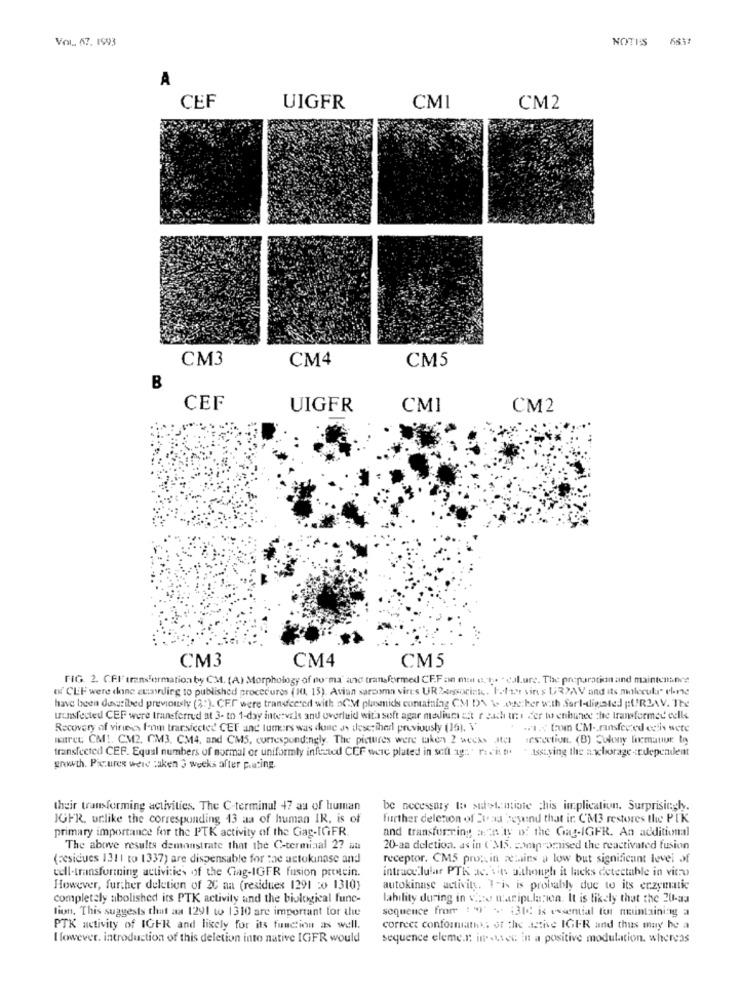
Vol. 67. 1993
NOTES 6837
A
CEF
UIGFR
CMI
CM2
CM3
CM4
CM5
B
CEF
UIGFR
CMI
CM2
CM4
CM3
CM5
FIG. 2. C.F.F transformation by CM. (A) Morphology of po ma" and transformed CE.F an men a.t. + cl.ure. The preparation and maintenance
EN CEF were done zuasding to published procedures (10, 13). Avian sarcoma virus UR? Associati. Fr/19 sins URDAV and its molecular close
have been described previously (3:). CET were transferred with aCM plasmids containing CM D\ \. . te:her with Sarl-digested pUR2AV. The
uunsfected CEF were transferred at 3- to 1-day intervals and overluid wita soft agar medium st r each u: der to enhance the transformed eelle
Recovery of viniese, from trarsiected CET and tumors was done Js desetiherl previously (15), \"
.1.7 aom CM- ransfered estis wete
IBret CM !. CM2. CM3. CM4, and CM5, correspondingly. The pictures were taken 2 weeks Ml
iesection. (B) Colony formauur to
transfected CEF. Equal numbers of normal or uniformly infected CEF were plated in soft ag :. " recit t.
- Assuving the nachorage -rdependent
growth. Pictures were saken 3 weeks after p.ating.
their transforming activities. The C-terminal 47 au of human
be necessary to suotantiate chis implication. Surprisingly.
JGFR, urlike the corresponding 13 aa of human IR. is of
further deletion of Dead eyend that ir CM3 restores the PIK
primary importance for the PTK activity of the Gag-IGFR.
and transforring ascn ty of the Gag-IGFR. An additional
The above results demonstrate that the C-terminal 27 au
20-aa deletion. as in ( MS, compromised the reactivated fusion
(residues 1311 to 1337) are dispensable for the actokinase and
receptor. CM5 prot in reins a low but significant level of
well-transformning activities of the Cing-IGER fusion protein.
intracellular PTK ac. sin although it lacks detectable in vitro
However, further deletion of 2C na (residues 1291 :0 1310)
autokinase activity. 1-is is probably due to its enzymatic
completely abolished its PTK activity and the biological func-
lability during in veo manipulapen. It is likely that the 20-aa
lion, This suggests that ax 1291 to 1310 are important for the
sequence from : ") - 131c is essential for maintaining a
PTK activity of IGFR and likely for its function as well.
correct conformathis of the active IGER and thus muy be a
I fowever. introduction of this deletion into native IGFR would
sequence eleme.r: in avec in a positive modulation. whereas